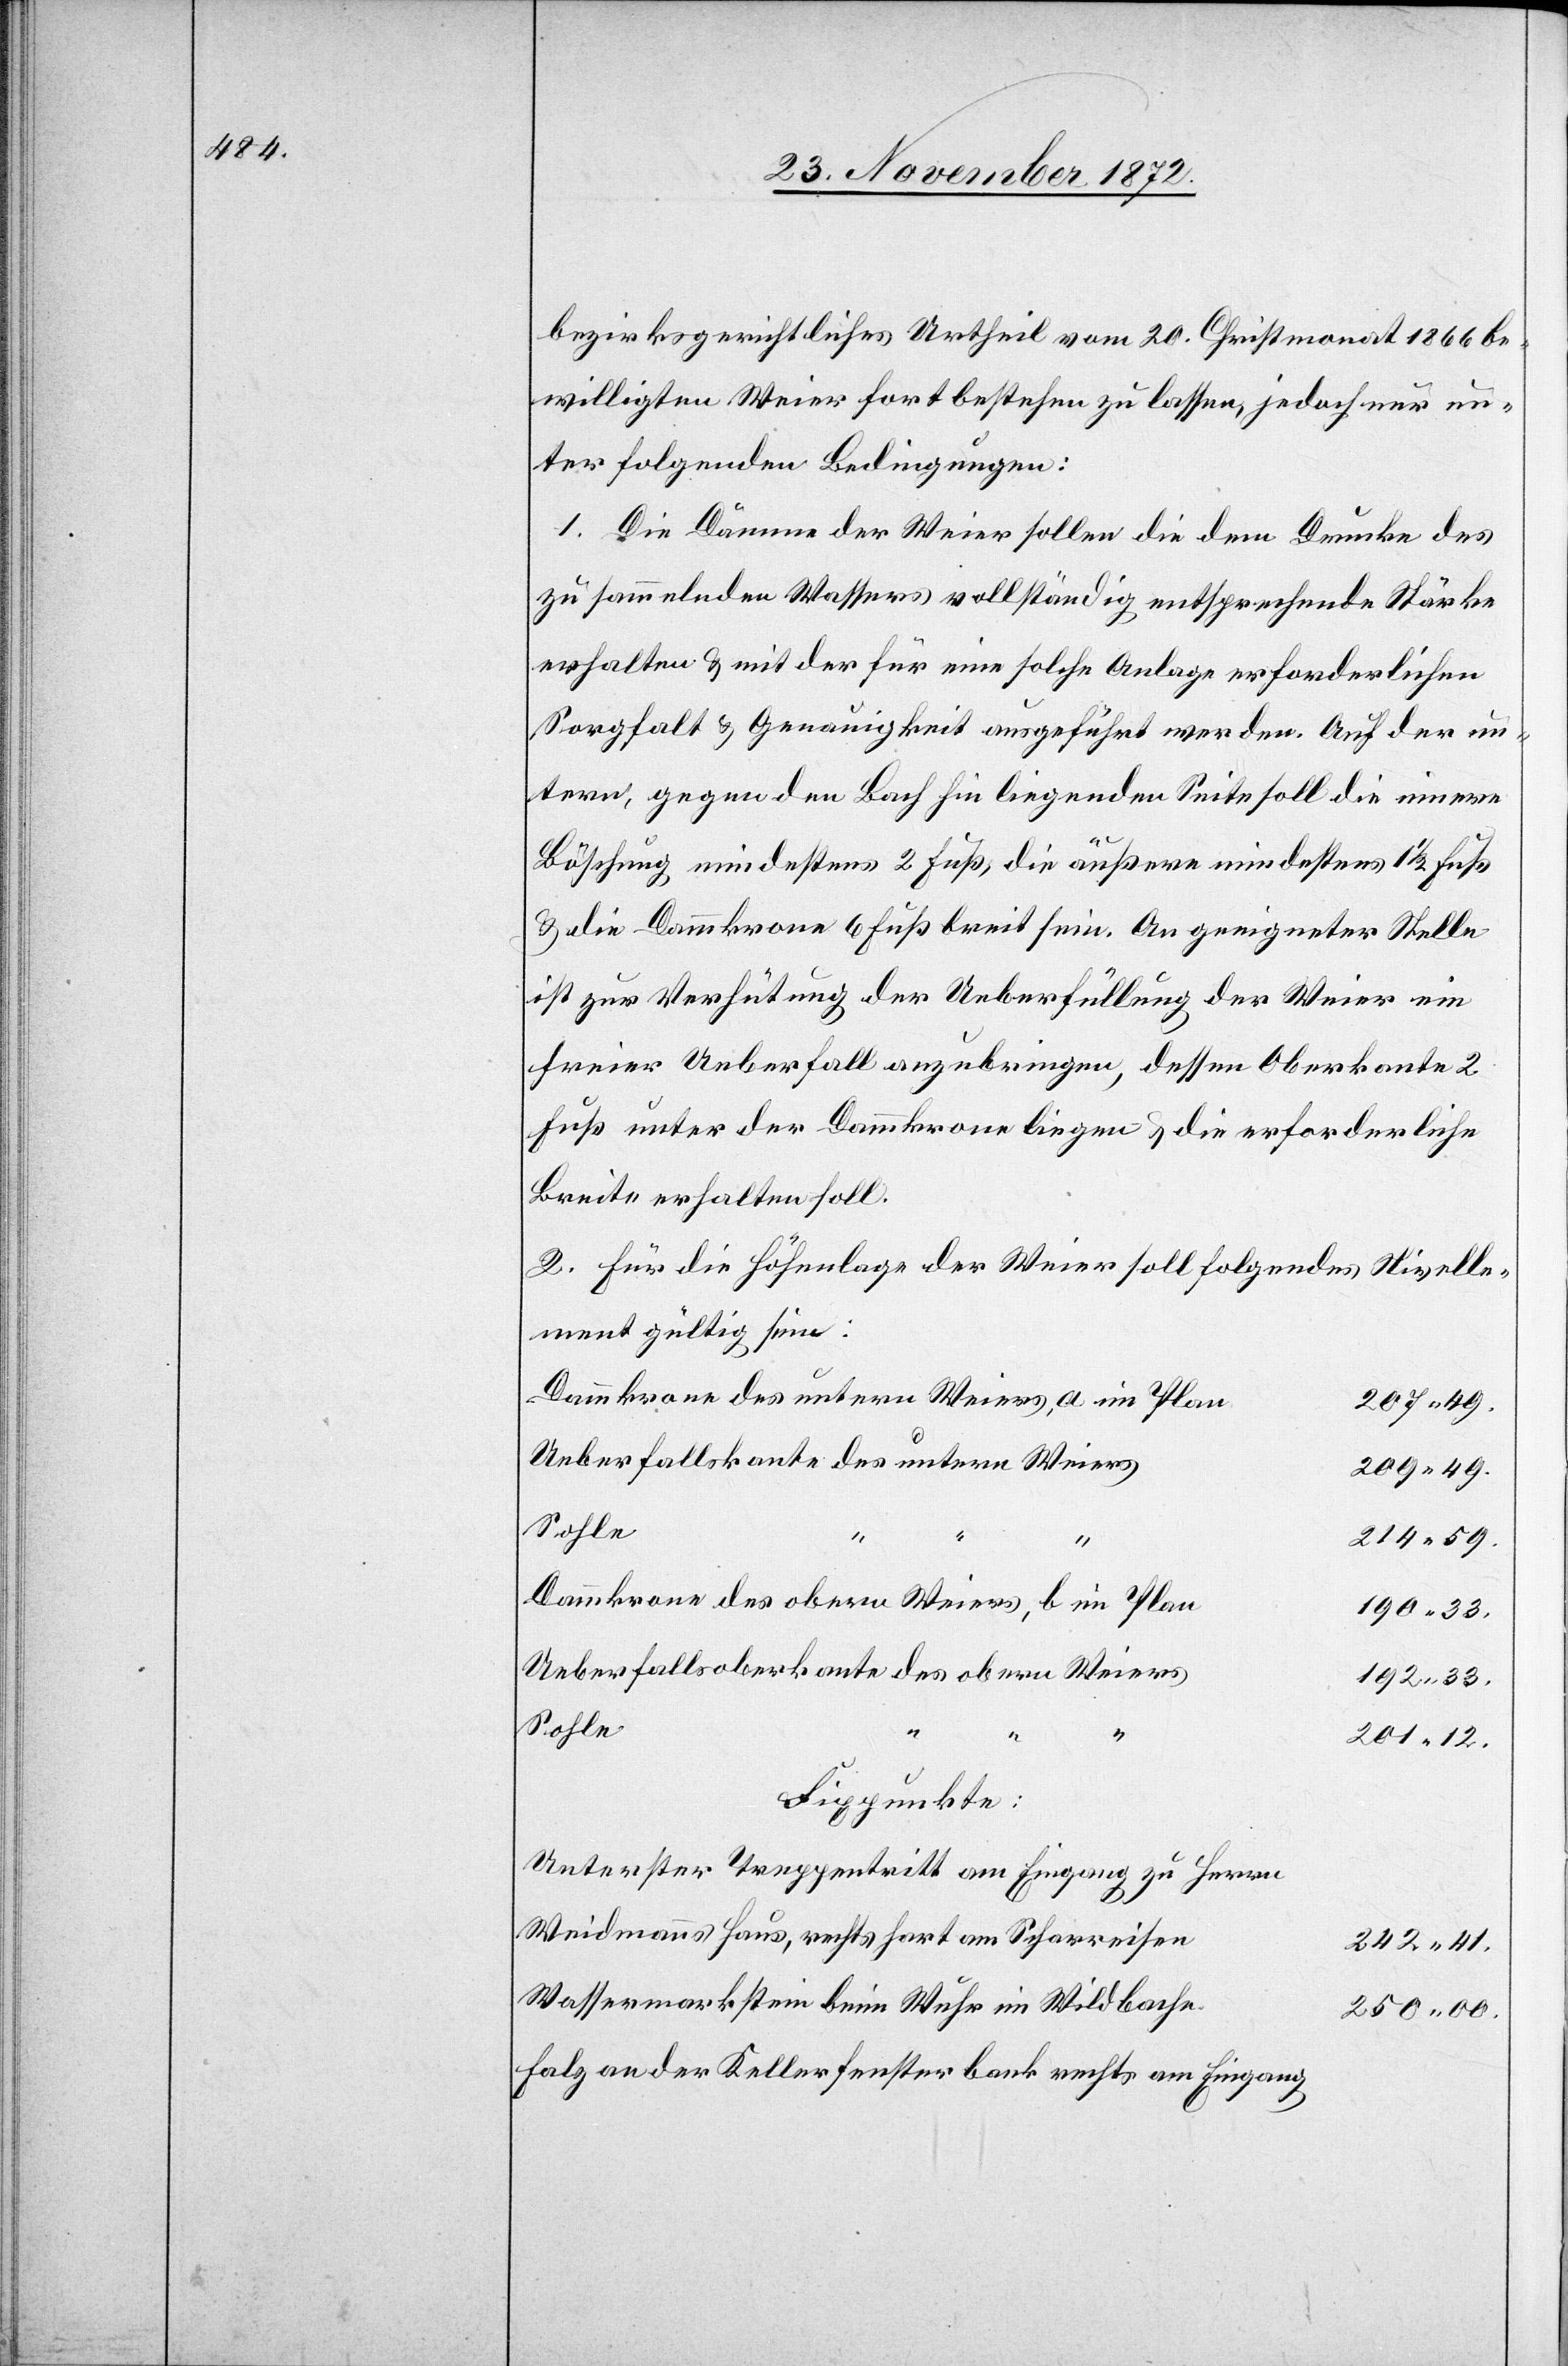
bezirksgerichtliches Urtheil vom 20. Christmonat 1866 be¬
willigten Weier fortbestehen zu lassen, jedoch nur un¬
ter folgenden Bedingungen:
1. Die Dämme der Weier sollen die dem Drucke des
zu sammelnden Wassers vollständig entsprechende Stärke
erhalten u. mit der für eine solche Anlage erforderlichen
Sorgfalt u. Genauigkeit ausgeführt werden. Auf der un¬
tern, gegen den Bach hin liegenden Seite soll die innere
Böschung mindestens 2 Fuß, die äußere mindestens 1 1/2 Fuß
u. die Dammkrone 6 Fuß breit sein. An geeigneter Stelle
ist zur Verhütung der Ueberfüllung der Weier ein
freier Ueberfall anzubringen, dessen Oberkante 2
Fuß unter der Dammkrone liegen u. die erforderliche
Breite erhalten soll.
2. Für die Höhenlage der Weier soll folgendes Nivelle¬
ment gültig sein:
Dammkrone des untern Weiers, a im Plan
207 49.
Ueberfallskante des untern Weiers
209 49.
Sohle
214 59.
Dammkrone des obern Weiers, b im Plan
190 33.
Ueberfallsoberkante des obern Weiers
192 33.
201 12.
Fixpunkte:
Unterster Treppentritt am Eingang zu Herrn
Weidmanns Haus, rechts hart am Scharreisen
242 41.
Wassermarkstein beim Wuhr im Wildbache
250 00.
Falz an der Kellerfensterbank rechts am Eingang